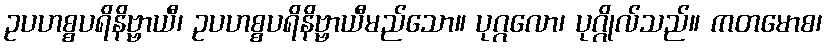
ဥပဟစ္စပရိနိဗ္ဗာယီ၊ ဥပဟစ္စပရိနိဗ္ဗာယီမည်သော။ ပုဂ္ဂလော၊ ပုဂ္ဂိုလ်သည်။ ကတမောစ၊